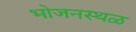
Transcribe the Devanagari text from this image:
भोजनस्थळ